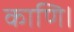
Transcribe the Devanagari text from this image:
काणि।